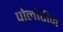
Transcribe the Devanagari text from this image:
पोलोटीन